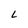
Character: L